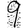
Digit: 9